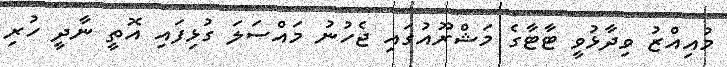
މުއިއްޒު ވިދާޅުވީ ޓާޓާގެ މަޝްރޫއުގައި ޖެހުނު މައްސަލަ ގުޅިފައި އޮތީ ނާދީ ހުރި